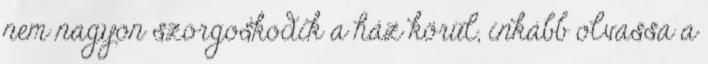
nem nagyon szorgoskodik a ház körül, inkább olvassa a